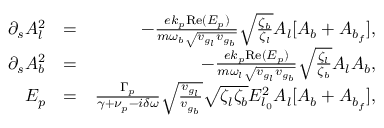
\begin{array} { r l r } { \partial _ { s } A _ { l } ^ { 2 } } & { = } & { - \frac { e k _ { p } \mathrm { R e } ( E _ { p } ) } { m \omega _ { b } \sqrt { v _ { g _ { l } } v _ { g _ { b } } } } \sqrt { \frac { \zeta _ { b } } { \zeta _ { l } } } A _ { l } [ A _ { b } + A _ { b _ { f } } ] , } \\ { \partial _ { s } A _ { b } ^ { 2 } } & { = } & { - \frac { e k _ { p } \mathrm { R e } ( E _ { p } ) } { m \omega _ { l } \sqrt { v _ { g _ { l } } v _ { g _ { b } } } } \sqrt { \frac { \zeta _ { l } } { \zeta _ { b } } } A _ { l } A _ { b } , } \\ { E _ { p } } & { = } & { \frac { \Gamma _ { p } } { \gamma + \nu _ { p } - i \delta \omega } \sqrt { \frac { v _ { g _ { l } } } { v _ { g _ { b } } } } \sqrt { \zeta _ { l } \zeta _ { b } } E _ { l _ { 0 } } ^ { 2 } A _ { l } [ A _ { b } + A _ { b _ { f } } ] , } \end{array}